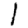
Digit: 1